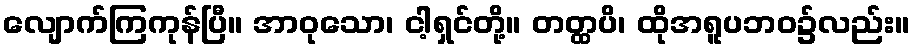
လျောက်ကြကုန်ပြီ။ အာဝုသော၊ ငါ့ရှင်တို့။ တတ္ထပိ၊ ထိုအရူပဘဝ၌လည်း။